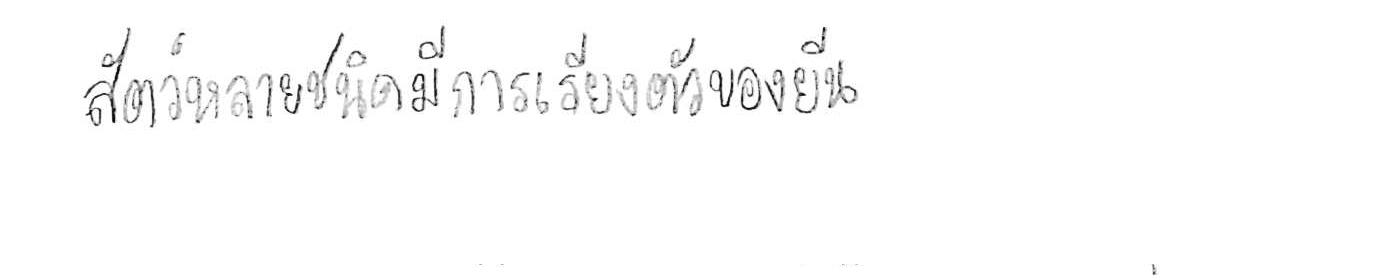
สัตว์หลายชนิดมีการเรียงตัวของยีน